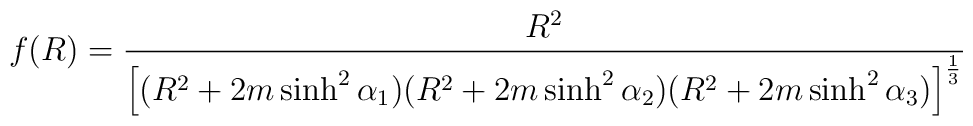
f(R) = \frac{R^2}{\left[(R^2+2m \sinh^2\alpha_1) (R^2+2m \sinh^2\alpha_2)(R^2+2m \sinh^2\alpha_3)\right]^{\frac13}}